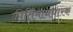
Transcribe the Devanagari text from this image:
कीर्तिमानधारक